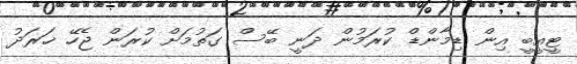
ޓީއީބީ އިން ޑިމާންޑް ކުރަމުން ދަނީ ބޭސް ގަތުމަށް ކުރަން ޖެހޭ ޚަރަދު